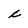
Character: c